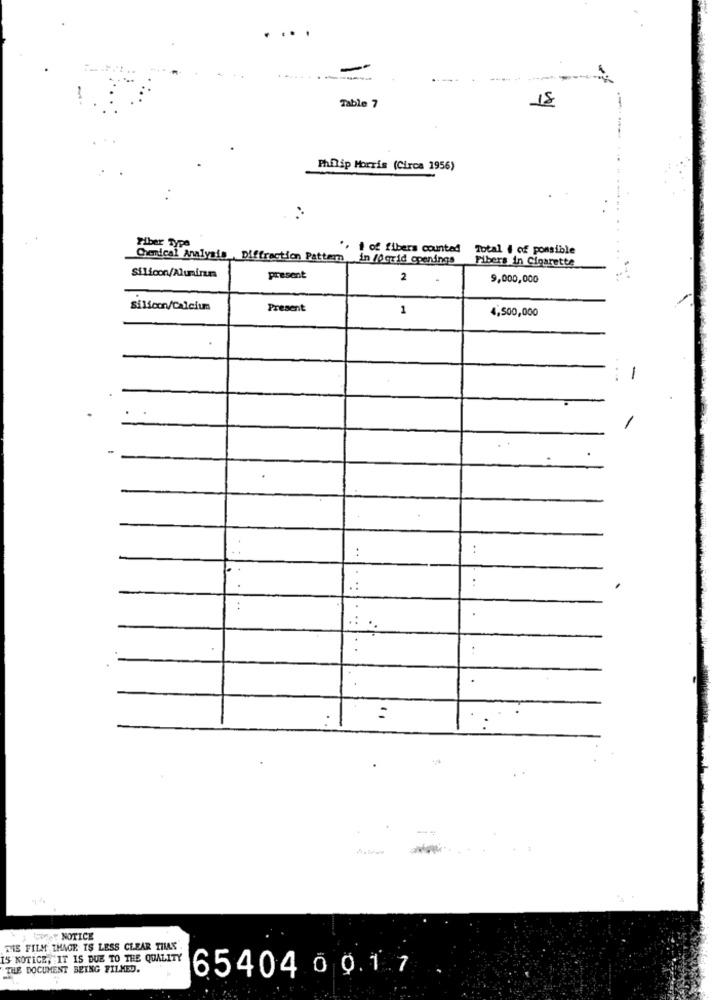
18
Table 7
Philip Morris (Circa 1956)
Piber Type
.. i of fibers counted
Total # of possible
Chemical Analysis Diffraction Pattern in 10grid openings
Fibers in Cigarette
Silicon/Aluniram
present
2
9,000,000
Silicon/Calcium
Present
1
4,500,000
-
..
...
..
VWer NOTICE
THE FILM IMAGE IS LESS CLEAR THAN
15 NOTICE, IT IS DUE TO THE QUALITY
THE DOCUMENT BEING FILMED.
65404 0 9.1.7